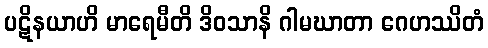
ပဋိနယာဟိ မာရေမီတိ ဒိဝသာနိ ဂါမဃာတာ ဂေဟဿိတံ